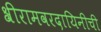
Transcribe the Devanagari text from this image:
श्रीरामवरदायिनीची